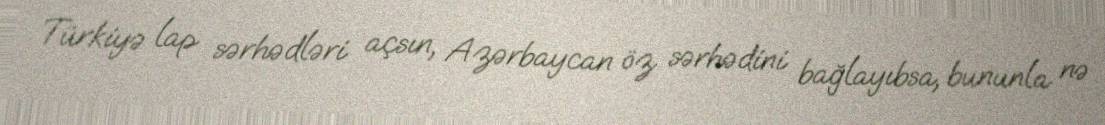
Türkiyə lap sərhədləri açsın, Azərbaycan öz sərhədini bağlayıbsa, bununla nə